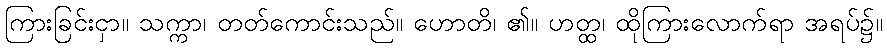
ကြားခြင်းငှာ။ သက္ကာ၊ တတ်ကောင်းသည်။ ဟောတိ၊ ၏။ ဟတ္ထ၊ ထိုကြားလောက်ရာ အရပ်၌။